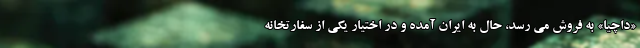
«داچیا» به فروش می رسد، حال به ایران آمده و در اختیار یکی از سفارتخانه